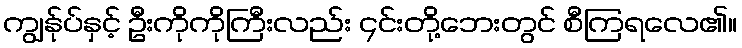
ကျွန်ုပ်နှင့် ဦးကိုကိုကြီးလည်း ၄င်းတို့ဘေးတွင် စီကြရလေ၏။